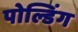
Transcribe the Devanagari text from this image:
पोल्डिंग